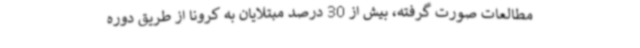
مطالعات صورت گرفته، بیش از 30 درصد مبتلایان به کرونا از طریق دوره